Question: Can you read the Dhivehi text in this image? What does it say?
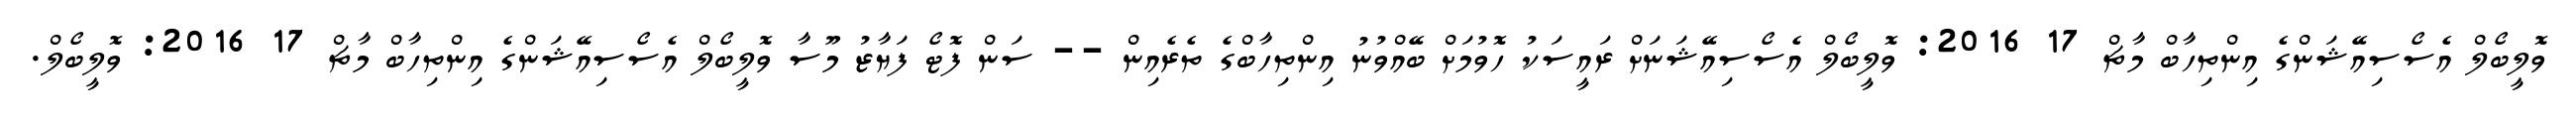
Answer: ވޮލީބޯލް އެސޯސިއޭޝަންގެ އިންތިހާބް މާޗް 17 2016: ވޮލީބޯލް އެސޯސިއޭޝަނަށް ރައީސަކު ހޮވުމަށް ބޭއްވުނު އިންތިހާބްގެ ތެރެއިން -- ސަން ފޮޓޯ ފަޔާޒު މޫސާ ވޮލީބޯލް އެސޯސިއޭޝަންގެ އިންތިހާބް މާޗް 17 2016: ވޮލީބޯލް.